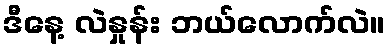
ဒီနေ့ လဲနှုန်း ဘယ်လောက်လဲ။